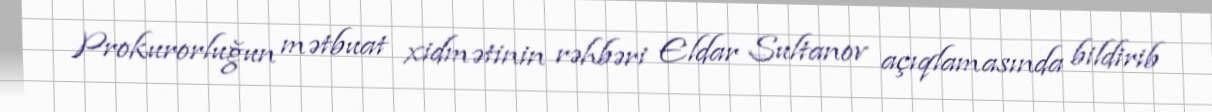
Prokurorluğun mətbuat xidmətinin rəhbəri Eldar Sultanov açıqlamasında bildirib